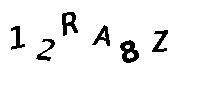
12RA8Z